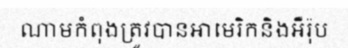
ណាមកំពុងត្រូវបានអាមេរិកនិងអឺរ៉ុប